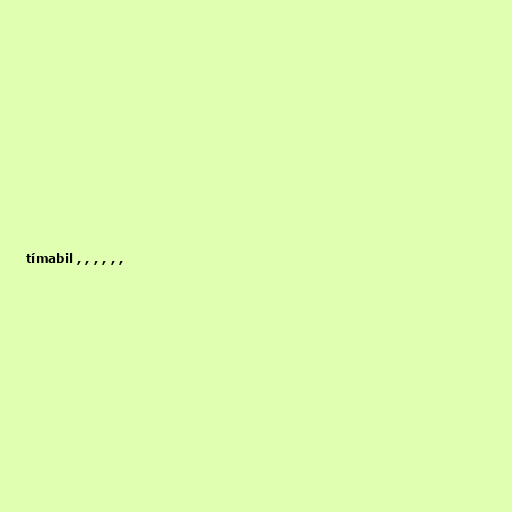
tímabil , , , , , ,